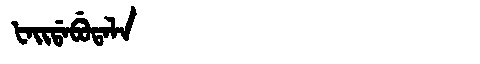
Manchu: ᡶᠠᡳᡩᠠᠪᡠᡨᠠᠯᠠ
Romanization: FAIDABUTALA